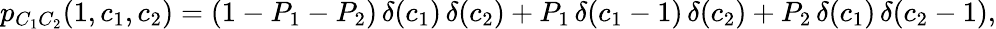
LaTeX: \begin{array}{r}{p_{C_{1}C_{2}}(1,c_{1},c_{2})=(1-P_{1}-P_{2})\, \delta(c_{1})\, \delta(c_{2})+P_{1}\, \delta(c_{1}-1)\, \delta(c_{2})+P_{2}\, \delta(c_{1})\, \delta(c_{2}-1),}\end{array}